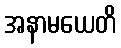
အနာမယေတိ